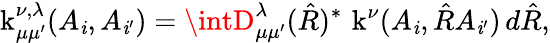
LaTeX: \operatorname{k}_{\mu\mu^{\prime}}^{\nu,\lambda}(A_{\mathit{i}},A_{\mathit{i}^{\prime}})=\intD_{\mu\mu^{\prime}}^{\lambda}(\hat{{R}})^{*}\, \operatorname{k}^{\nu}(A_{\mathit{i}},\hat{{R}}A_{\mathit{i}^{\prime}})\, d\hat{{R}},